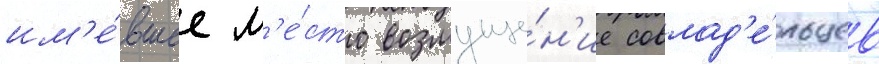
им'е́вшее м'е́сто возмуще́н'ие совлад'е́льцев